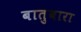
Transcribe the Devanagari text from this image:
बातुबारा